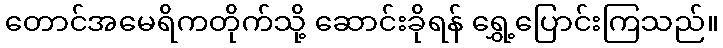
တောင်အမေရိကတိုက်သို့ ဆောင်းခိုရန် ရွှေ့ပြောင်းကြသည်။